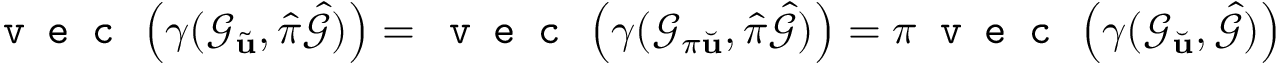
\texttt { v e c } \left( \gamma ( \mathcal { G } _ { \tilde { \mathbf { u } } } , \hat { \pi } \hat { \mathcal { G } } ) \right) = \texttt { v e c } \left( \gamma ( \mathcal { G } _ { \pi \Breve { \mathbf { u } } } , \hat { \pi } \hat { \mathcal { G } } ) \right) = \pi \texttt { v e c } \left( \gamma ( \mathcal { G } _ { \Breve { \mathbf { u } } } , \hat { \mathcal { G } } ) \right)